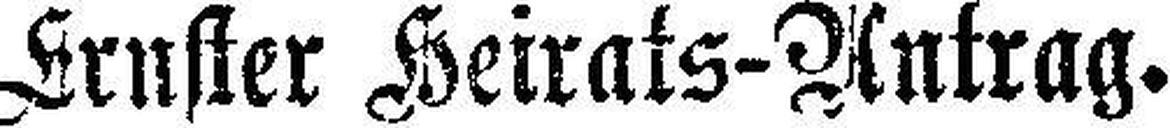
Kruster Heirats-Antrag.